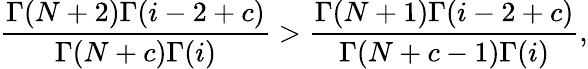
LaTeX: \frac{\Gamma(N+2)\Gamma(i-2+c)}{\Gamma(N+c)\Gamma(i)}>\frac{\Gamma(N+1)\Gamma(i-2+c)}{\Gamma(N+c-1)\Gamma(i)},